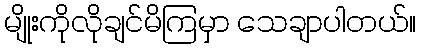
မျိုးကိုလိုချင်မိကြမှာ သေချာပါတယ်။